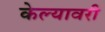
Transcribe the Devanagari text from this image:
केल्यावरी